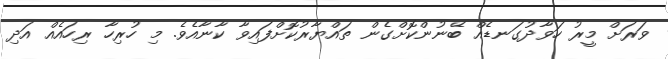
ވަރަށް މީރު ހަވާދުގަނޑެއް ބޭނުންކޮށްގެން ތައްޔާރުކޮށްފައިވާ ކާނާއެވެ. މި ހުރިހާ ރިހައެއް އަދި